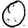
Digit: 0